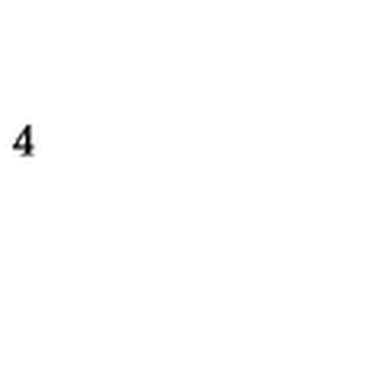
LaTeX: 4